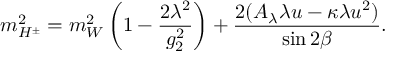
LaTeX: m _ { H ^ { \pm } } ^ { 2 } = m _ { W } ^ { 2 } \left( 1 - { \frac { 2 \lambda ^ { 2 } } { g _ { 2 } ^ { 2 } } } \right) + { \frac { 2 ( A _ { \lambda } \lambda u - \kappa \lambda u ^ { 2 } ) } { \sin 2 \beta } } .